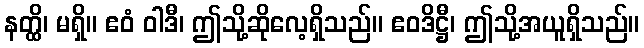
နတ္ထိ၊ မရှိ။ ဧဝံ ဝါဒီ၊ ဤသို့ဆိုလေ့ရှိသည်။ ဧဝဒိဋ္ဌီ၊ ဤသို့အယူရှိသည်။